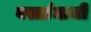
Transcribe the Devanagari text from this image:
वस्त्रांमाजी